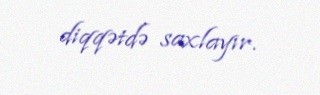
diqqətdə saxlayır.